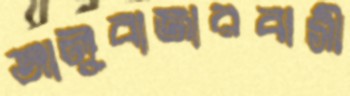
আলুবাজারবাসী